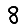
Digit: 8